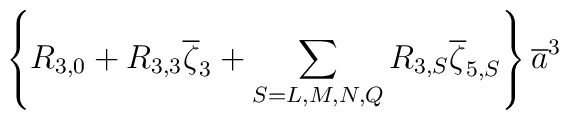
\left\{R_{3,0}+R_{3,3}\overline\zeta_3+\sum_{S=L,M,N,Q}R_{3,S}\overline\zeta_{5,S}\right\}\overline{a}^3